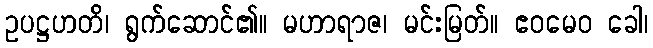
ဥပဋ္ဌဟတိ၊ ရွက်ဆောင်၏။ မဟာရာဇ၊ မင်းမြတ်။ ဧဝမေဝ ခေါ၊